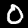
Digit: 0